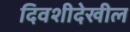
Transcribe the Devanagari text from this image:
दिवशीदेखील